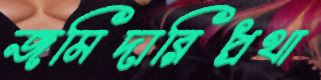
জমিদারিপ্রথা